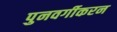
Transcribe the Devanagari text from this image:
पुनवर्गीकरन